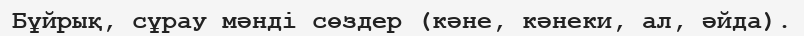
Бұйрық, сұрау мәнді сөздер (кәне, кәнеки, ал, әйда).